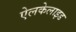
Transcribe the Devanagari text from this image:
ऐलकेलाइड